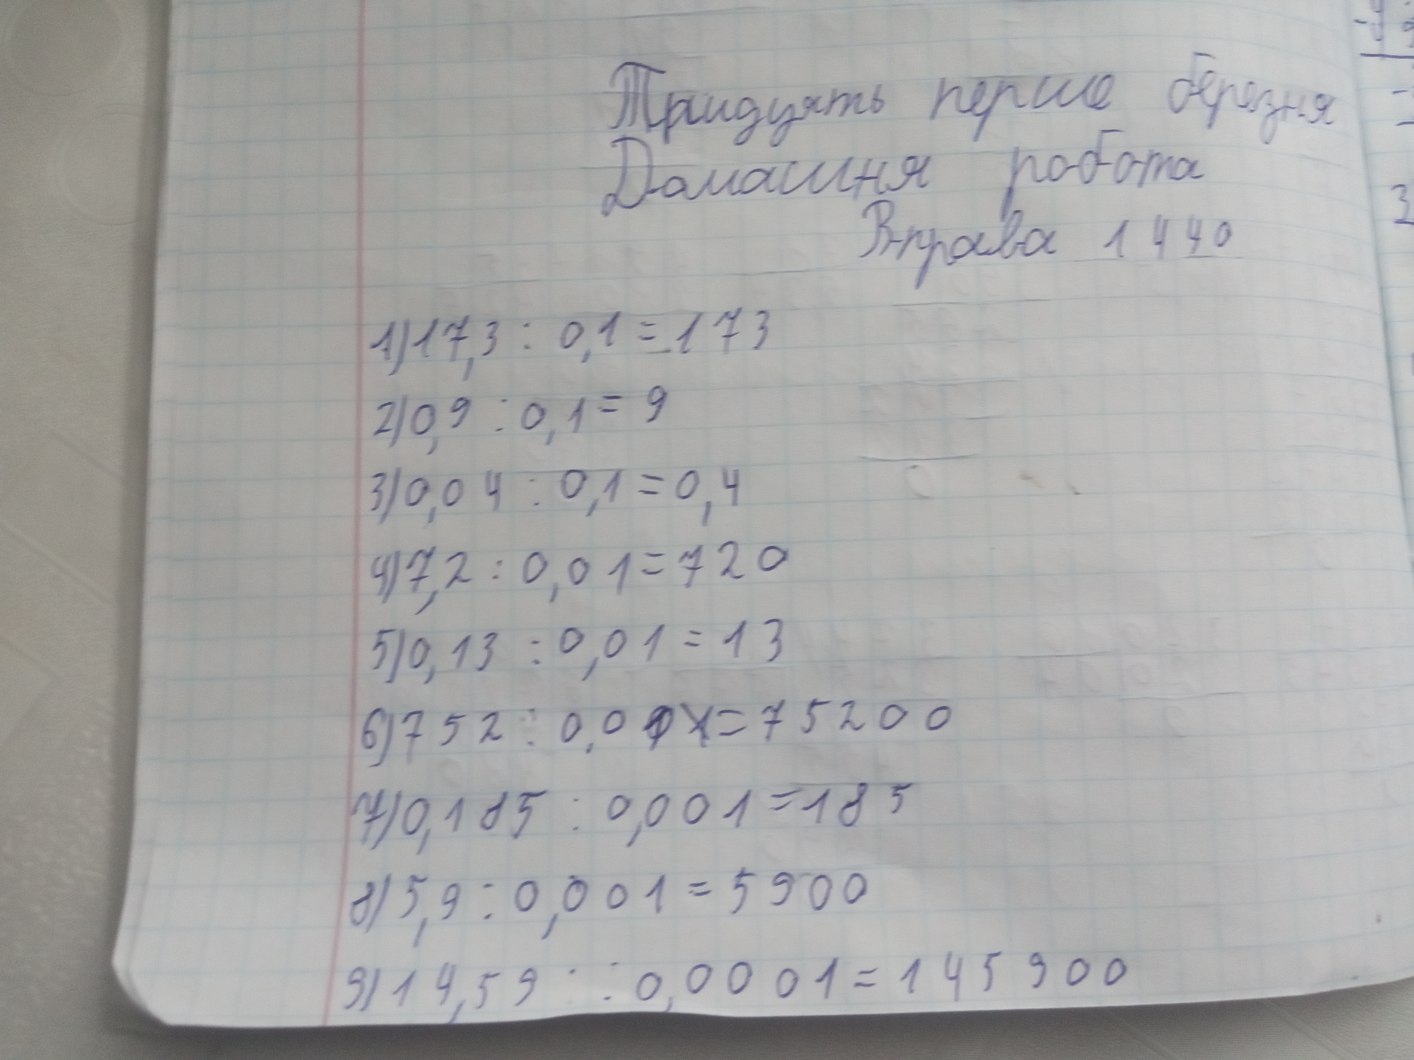
-49
Тридцять перше березня
Домашня робота
3
Вправа 1440
1)17,3:0,1=173
2)0,9:0,1=9
3)00,4:0,1=0.4
4)7,2:0,01=720
5)0,13:0,01=13
6)752:0,01~~1~~=75200
7)0,185:0,001=185
8)5,9:0,001=5900
9)14,59:0,0001=145900